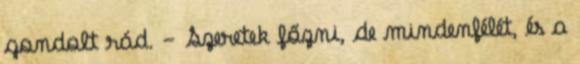
gondolt rád. - Szeretek főzni, de mindenfélét, és a